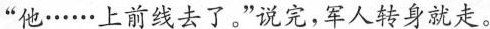
”他……上前线去了。”说完，军人转身就走。